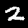
Digit: 2